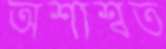
অশাশ্বত